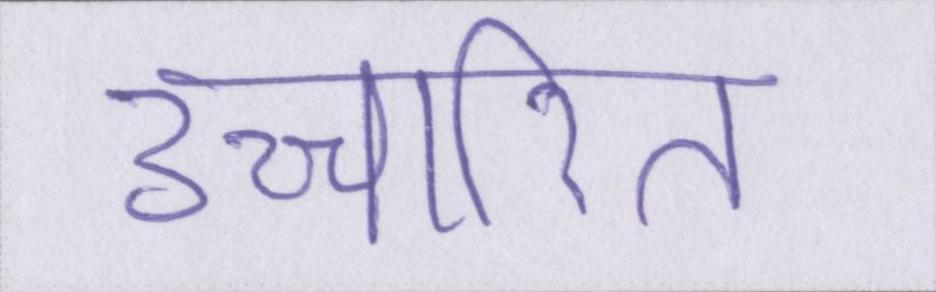
उच्चारित